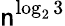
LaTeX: \mathsf{n}^{\log_{2}3}